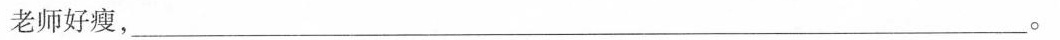
老师好瘦，___。